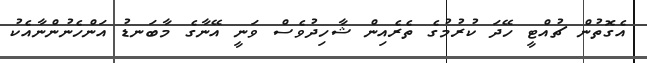
އެގޮތުން ޗުއްޓީ ހޭދަ ކުރުމުގެ ތެރެއިން ޝާހިދުވެސް ވަނީ އޭނާގެ މާބަނޑު އަންހެނުންނާއެކު